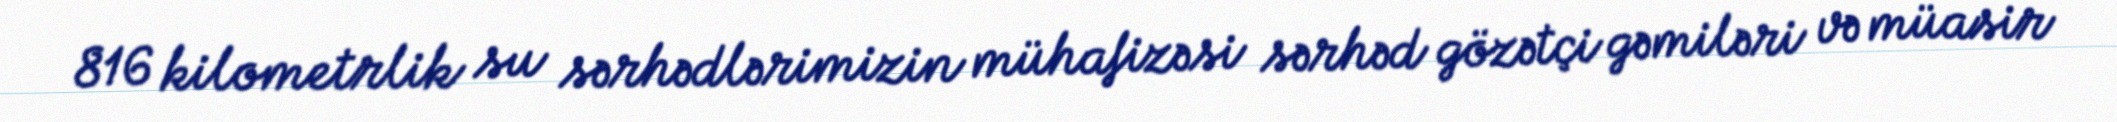
816 kilometrlik su sərhədlərimizin mühafizəsi sərhəd gözətçi gəmiləri və müasir